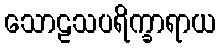
သောဠသပရိက္ခာရာယ